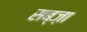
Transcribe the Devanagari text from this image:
सब्ज़ा